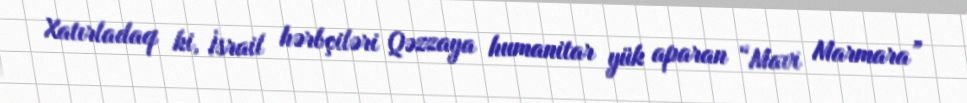
Xatırladaq ki, İsrail hərbçiləri Qəzzaya humanitar yük aparan “Mavi Marmara”